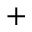
^ { + }